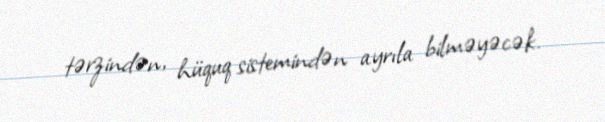
tərzindən, hüquq sistemindən ayrıla bilməyəcək.